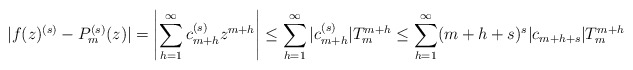
\begin{align*}\vert f(z)^{(s)}-P_{m}^{(s)}(z)\vert =\left\vert \sum_{h=1}^{\infty} c_{m+h}^{(s)}z^{m+h}\right\vert\leq \sum_{h=1}^{\infty}\vert c_{m+h}^{(s)}\vert T_{m}^{m+h}\leq \sum_{h=1}^{\infty} (m+h+s)^{s}\vert c_{m+h+s}\vert T_{m}^{m+h}\end{align*}